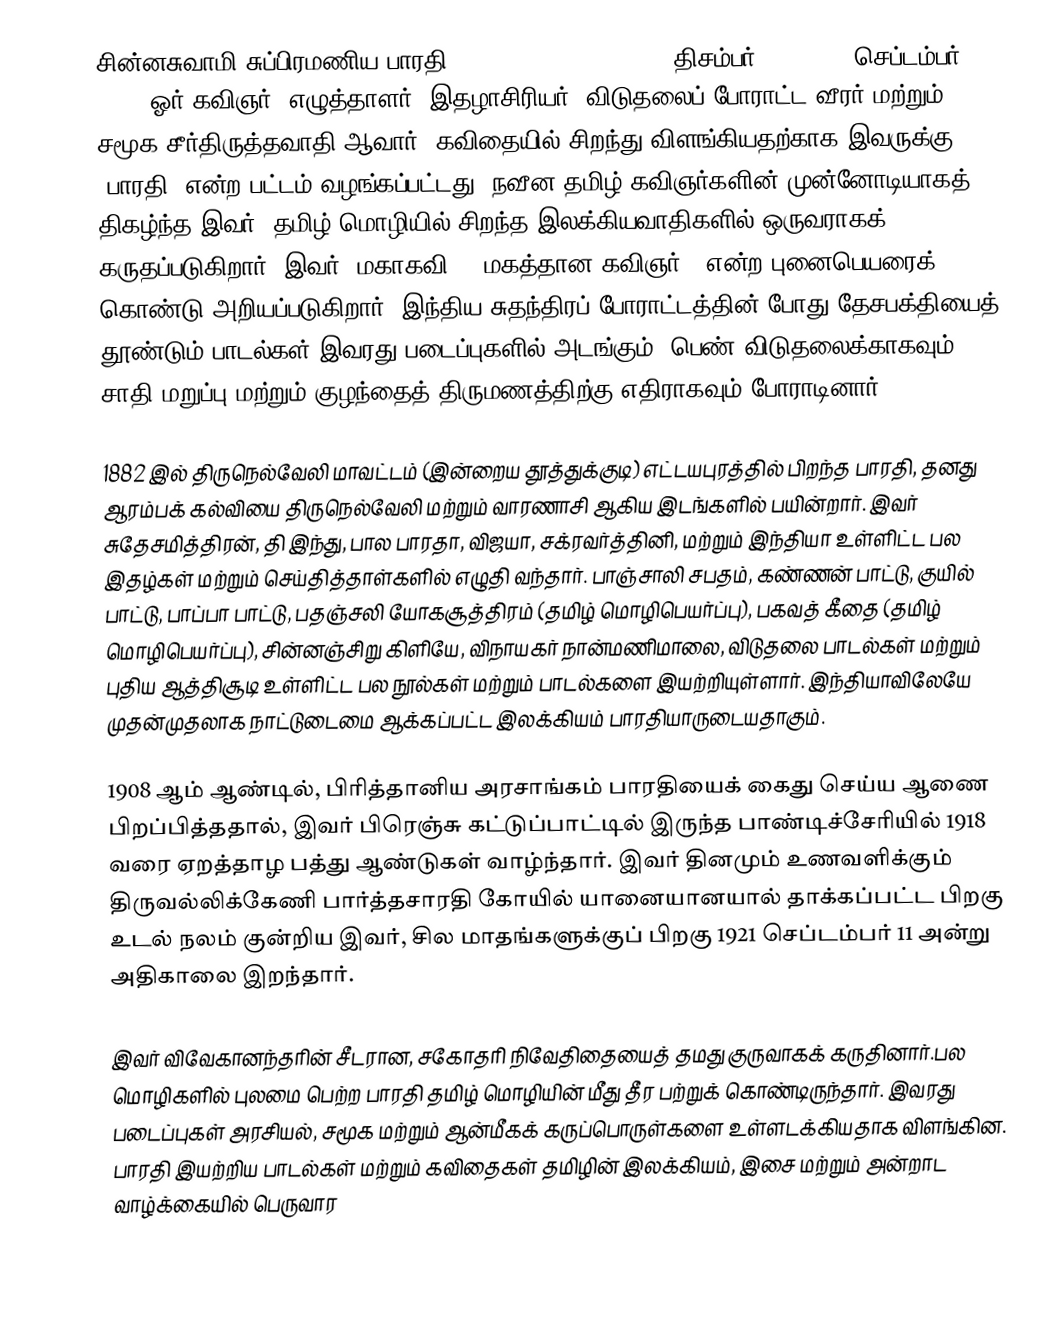
சின்னசுவாமி சுப்பிரமணிய பாரதி (Subramania Bharati, 11 திசம்பர் 1882 – 11 செப்டம்பர் 1921) ஓர் கவிஞர், எழுத்தாளர், இதழாசிரியர், விடுதலைப் போராட்ட வீரர் மற்றும் சமூக சீர்திருத்தவாதி ஆவார். கவிதையில் சிறந்து விளங்கியதற்காக இவருக்கு "பாரதி" என்ற பட்டம் வழங்கப்பட்டது. நவீன தமிழ் கவிஞர்களின் முன்னோடியாகத் திகழ்ந்த இவர், தமிழ் மொழியில் சிறந்த இலக்கியவாதிகளில் ஒருவராகக் கருதப்படுகிறார். இவர் "மகாகவி" ("மகத்தான கவிஞர்") என்ற புனைபெயரைக் கொண்டு அறியப்படுகிறார். இந்திய சுதந்திரப் போராட்டத்தின் போது தேசபக்தியைத் தூண்டும் பாடல்கள் இவரது படைப்புகளில் அடங்கும். பெண் விடுதலைக்காகவும், சாதி மறுப்பு மற்றும் குழந்தைத் திருமணத்திற்கு எதிராகவும் போராடினார்.

1882 இல் திருநெல்வேலி மாவட்டம் (இன்றைய தூத்துக்குடி) எட்டயபுரத்தில் பிறந்த பாரதி, தனது ஆரம்பக் கல்வியை திருநெல்வேலி மற்றும் வாரணாசி ஆகிய இடங்களில் பயின்றார். இவர் சுதேசமித்திரன், தி இந்து, பால பாரதா, விஜயா, சக்ரவர்த்தினி, மற்றும் இந்தியா உள்ளிட்ட பல இதழ்கள் மற்றும் செய்தித்தாள்களில் எழுதி வந்தார். பாஞ்சாலி சபதம், கண்ணன் பாட்டு, குயில் பாட்டு, பாப்பா பாட்டு,  பதஞ்சலி யோகசூத்திரம் (தமிழ் மொழிபெயர்ப்பு), பகவத் கீதை (தமிழ் மொழிபெயர்ப்பு), சின்னஞ்சிறு கிளியே, விநாயகர் நான்மணிமாலை, விடுதலை பாடல்கள் மற்றும் புதிய ஆத்திசூடி உள்ளிட்ட பல நூல்கள் மற்றும் பாடல்களை இயற்றியுள்ளார். இந்தியாவிலேயே முதன்முதலாக நாட்டுடைமை ஆக்கப்பட்ட இலக்கியம் பாரதியாருடையதாகும்.

1908 ஆம் ஆண்டில், பிரித்தானிய அரசாங்கம் பாரதியைக் கைது செய்ய ஆணை பிறப்பித்ததால், இவர் பிரெஞ்சு கட்டுப்பாட்டில் இருந்த பாண்டிச்சேரியில் 1918 வரை ஏறத்தாழ பத்து ஆண்டுகள் வாழ்ந்தார். இவர் தினமும் உணவளிக்கும் திருவல்லிக்கேணி பார்த்தசாரதி கோயில் யானையானயால் தாக்கப்பட்ட பிறகு உடல் நலம் குன்றிய இவர், சில மாதங்களுக்குப் பிறகு 1921 செப்டம்பர் 11 அன்று அதிகாலை இறந்தார்.

இவர் விவேகானந்தரின் சீடரான, சகோதரி நிவேதிதையைத் தமது குருவாகக் கருதினார்.பல மொழிகளில் புலமை பெற்ற பாரதி தமிழ் மொழியின் மீது தீர பற்றுக் கொண்டிருந்தார். இவரது படைப்புகள் அரசியல், சமூக மற்றும் ஆன்மீகக் கருப்பொருள்களை உள்ளடக்கியதாக விளங்கின. பாரதி இயற்றிய பாடல்கள் மற்றும் கவிதைகள் தமிழின் இலக்கியம், இசை மற்றும் அன்றாட வாழ்க்கையில் பெருவார